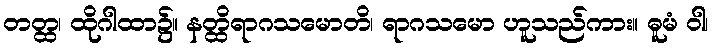
တတ္ထ၊ ထိုဂါထာ၌။ နတ္ထိရာဂသမောတိ၊ ရာဂသမော ဟူသည်ကား။ ဓူမံ ဝါ၊